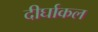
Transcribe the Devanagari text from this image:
दीर्घाकल